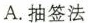
A.抽签法